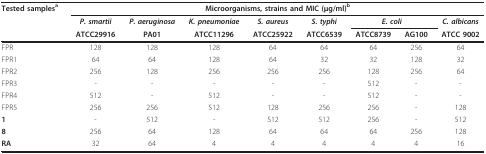
<table><thead><tr><td><b>Tested samples<sup>a</sup></b></td><td colspan="8"><b>Microorganisms, strains and MIC (μg/ml)<sup>b</sup></b></td></tr><tr><td></td><td><b><i>P. smartii</i></b></td><td><b><i>P. aeruginosa</i></b></td><td><b><i>K. pneumoniae</i></b></td><td><b><i>S. aureus</i></b></td><td><b><i>S. typhi</i></b></td><td colspan="2"><b><i>E. coli</i></b></td><td><b><i>C. albicans</i></b></td></tr><tr><td></td><td><b>ATCC29916</b></td><td><b>PA01</b></td><td><b>ATCC11296</b></td><td><b>ATCC25922</b></td><td><b>ATCC6539</b></td><td><b>ATCC8739</b></td><td><b>AG100</b></td><td><b>ATCC 9002</b></td></tr></thead><tbody><tr><td>FPR</td><td>128</td><td>128</td><td>128</td><td>64</td><td>64</td><td>64</td><td>256</td><td>64</td></tr><tr><td>FPR1</td><td>64</td><td>64</td><td>128</td><td>64</td><td>32</td><td>32</td><td>128</td><td>32</td></tr><tr><td>FPR2</td><td>256</td><td>128</td><td>256</td><td>256</td><td>256</td><td>128</td><td>256</td><td>64</td></tr><tr><td>FPR3</td><td>-</td><td>-</td><td>-</td><td>-</td><td>-</td><td>512</td><td>-</td><td>-</td></tr><tr><td>FPR4</td><td>512</td><td>-</td><td>512</td><td>-</td><td>-</td><td>512</td><td>-</td><td>-</td></tr><tr><td>FPR5</td><td>256</td><td>256</td><td>512</td><td>128</td><td>256</td><td>256</td><td>-</td><td>128</td></tr><tr><td><b>1</b></td><td>-</td><td>512</td><td>-</td><td>512</td><td>512</td><td>256</td><td>-</td><td>512</td></tr><tr><td><b>8</b></td><td>256</td><td>64</td><td>128</td><td>64</td><td>64</td><td>64</td><td>256</td><td>128</td></tr><tr><td><b>RA</b></td><td>32</td><td>64</td><td>4</td><td>4</td><td>4</td><td>4</td><td>4</td><td>16</td></tr></tbody></table>